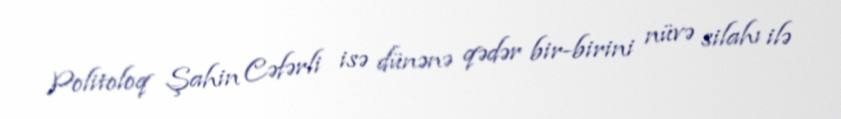
Politoloq Şahin Cəfərli isə dünənə qədər bir-birini nüvə silahı ilə